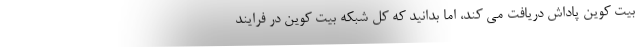
بیت کوین پاداش دریافت می کند، اما بدانید که کل شبکه بیت کوین در فرایند